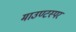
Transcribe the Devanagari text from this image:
माउण्टस्पर